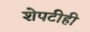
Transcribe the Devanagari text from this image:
शेपटीही